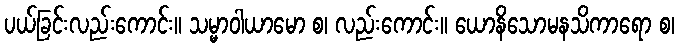
ပယ်ခြင်းလည်းကောင်း။ သမ္မာဝါယာမော စ၊ လည်းကောင်း။ ယောနိသောမနသိကာရော စ၊